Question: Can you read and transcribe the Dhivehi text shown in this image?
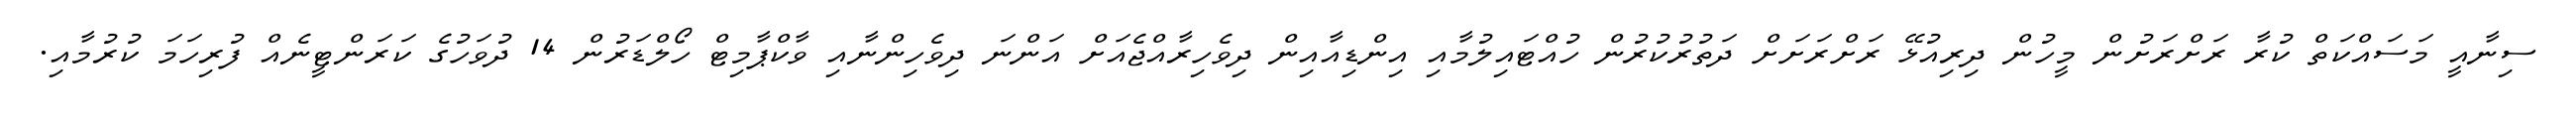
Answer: ސިނާއީ މަސައްކަތް ކުރާ ރަށްރަށުން މީހުން ދިރިއުޅޭ ރަށްރަށަށް ދަތުރުކުރުން ހުއްޓައިލުމާއި އިންޑިއާއިން ދިވެހިރާއްޖެއަށް އަންނަ ދިވެހިންނާއި ވާކްޕާމިޓް ހޯލްޑަރުން 14 ދުވަހުގެ ކަރަންޓީނެއް ފުރިހަމަ ކުރުމާއި.